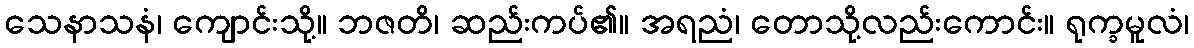
သေနာသနံ၊ ကျောင်းသို့။ ဘဇတိ၊ ဆည်းကပ်၏။ အရညံ၊ တောသို့လည်းကောင်း။ ရုက္ခမူလံ၊